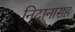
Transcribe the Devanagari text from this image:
निदानासह